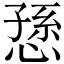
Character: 愻